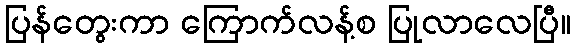
ပြန်တွေးကာ ကြောက်လန့်စ ပြုလာလေပြီ။